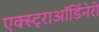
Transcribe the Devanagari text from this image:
एक्स्ट्राऑर्डिनेरी